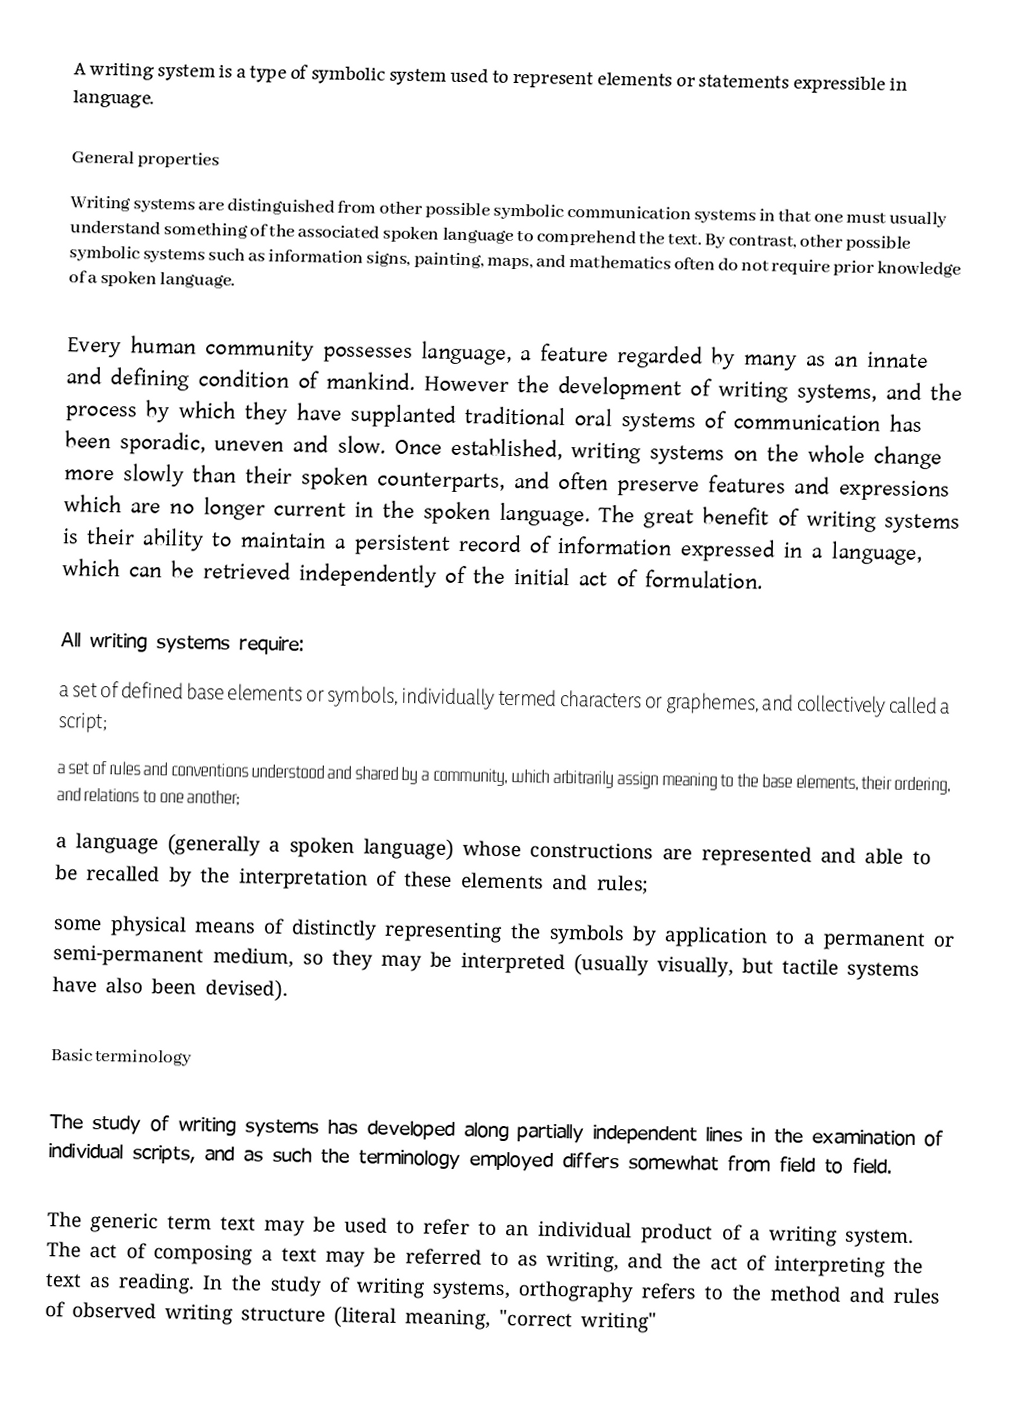
A writing system is a type of symbolic system used to represent elements or statements expressible in language.

General properties
Writing systems are distinguished from other possible symbolic communication systems in that one must usually understand something of the associated spoken language to comprehend the text. By contrast, other possible symbolic systems such as information signs, painting, maps, and mathematics often do not require prior knowledge of a spoken language.

Every human community possesses language, a feature regarded by many as an innate and defining condition of mankind. However the development of writing systems, and the process by which they have supplanted traditional oral systems of communication has been sporadic, uneven and slow. Once established, writing systems on the whole change more slowly than their spoken counterparts, and often preserve features and expressions which are no longer current in the spoken language. The great benefit of writing systems is their ability to maintain a persistent record of information expressed in a language, which can be retrieved independently of the initial act of formulation.

All writing systems require:
 a set of defined base elements or symbols, individually termed characters or graphemes, and collectively called a script;
 a set of rules and conventions understood and shared by a community, which arbitrarily assign meaning to the base elements, their ordering, and relations to one another;
 a language (generally a spoken language) whose constructions are represented and able to be recalled by the interpretation of these elements and rules;
 some physical means of distinctly representing the symbols by application to a permanent or semi-permanent medium, so they may be interpreted (usually visually, but tactile systems have also been devised).

Basic terminology

The study of writing systems has developed along partially independent lines in the examination of individual scripts, and as such the terminology employed differs somewhat from field to field.

The generic term text may be used to refer to an individual product of a writing system. The act of composing a text may be referred to as writing, and the act of interpreting the text as reading. In the study of writing systems, orthography refers to the method and rules of observed writing structure (literal meaning, "correct writing"